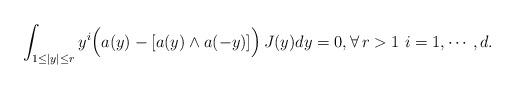
LaTeX: \begin{align*} \int_{1\leq |y|\leq r}y^i\Big(a(y)-[a(y)\wedge a(-y)]\Big)\,J(y)dy=0, \forall \,r>1\,\, i=1,\cdots,d.\end{align*}